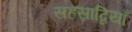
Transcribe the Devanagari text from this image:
सहस्राब्दियाँ